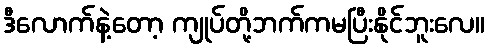
ဒီလောက်နဲ့တော့ ကျုပ်တို့ဘက်ကမပြီးနိုင်ဘူးလေ။